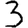
Digit: 3